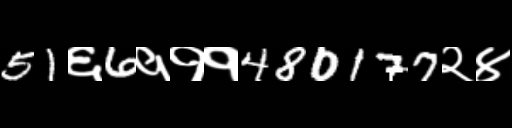
Text: 51६6१११480177२४